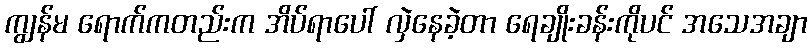
ကျွန်မ ရောက်ကတည်းက အိပ်ရာပေါ် လှဲနေခဲ့တာ ရေချိုးခန်းကိုပင် အသေအချာ